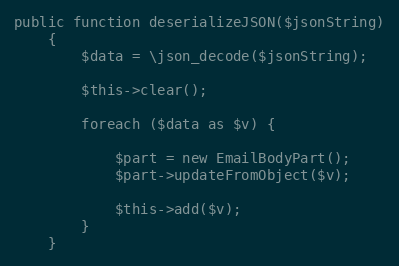
Language: PHP
public function deserializeJSON($jsonString)
    {
        $data = \json_decode($jsonString);

        $this->clear();

        foreach ($data as $v) {

            $part = new EmailBodyPart();
            $part->updateFromObject($v);

            $this->add($v);
        }
    }